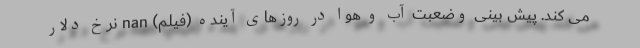
می کند. پیش بینی وضعبت آب و هوا در روز‌های آینده (فیلم) nan نرخ دلار